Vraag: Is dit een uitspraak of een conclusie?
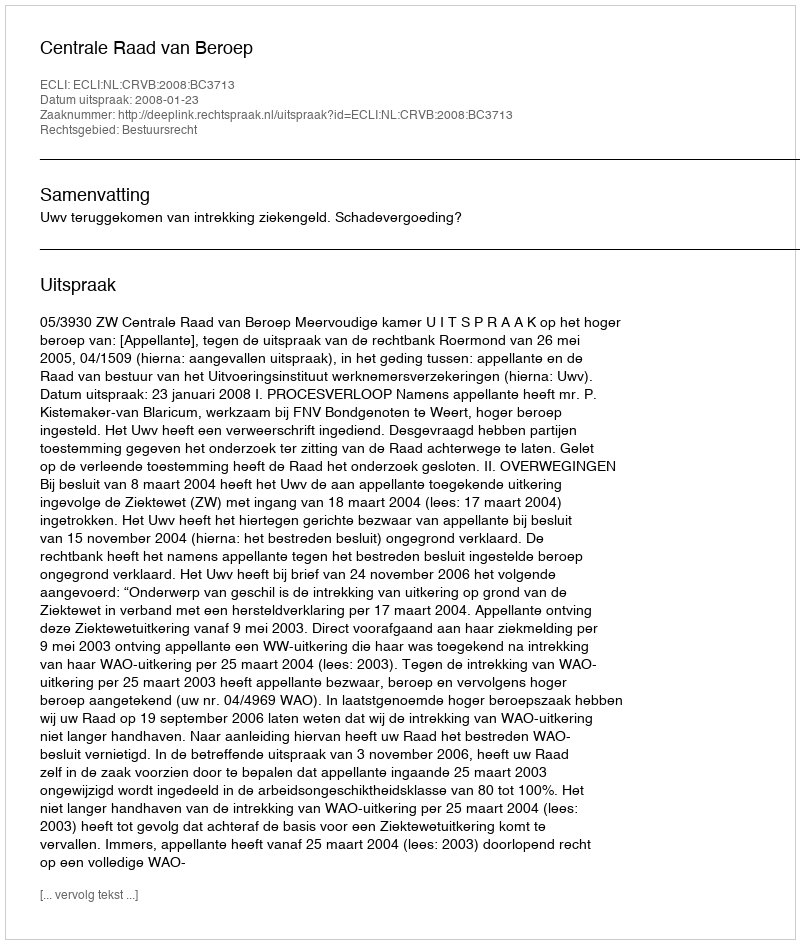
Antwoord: Uitspraak